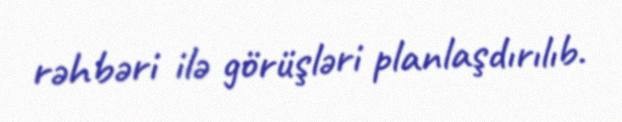
rəhbəri ilə görüşləri planlaşdırılıb.